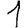
Digit: 1